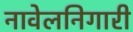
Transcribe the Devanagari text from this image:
नावेलनिगारी